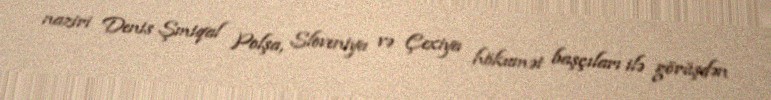
naziri Denis Şmiqal Polşa, Sloveniya və Çexiya hökumət başçıları ilə görüşdən